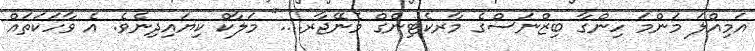
އަމިއްލަ މަންމަ ހިންގާ ބިޒްނަސްގެ މާރކެޓިންގް މެނޭޖާރ...." މަލާކް ކިޔައިދިނެވެ. އެ ވާހަކަތައް